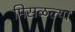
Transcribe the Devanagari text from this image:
मिसळल्या